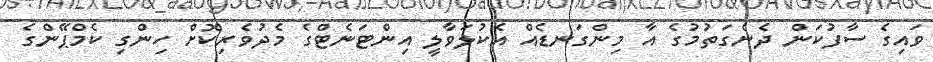
ވައިގެ ސާފުކަން ދެނެގަތުމުގެ އާ މިންގަނޑެއް އެކުލަވާލީ އިންޓަނެޓްގެ މެދުވެރިކޮށް ހިންގި ކެމްޕޭންގެ